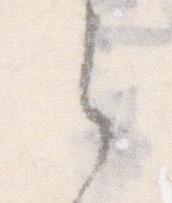
之